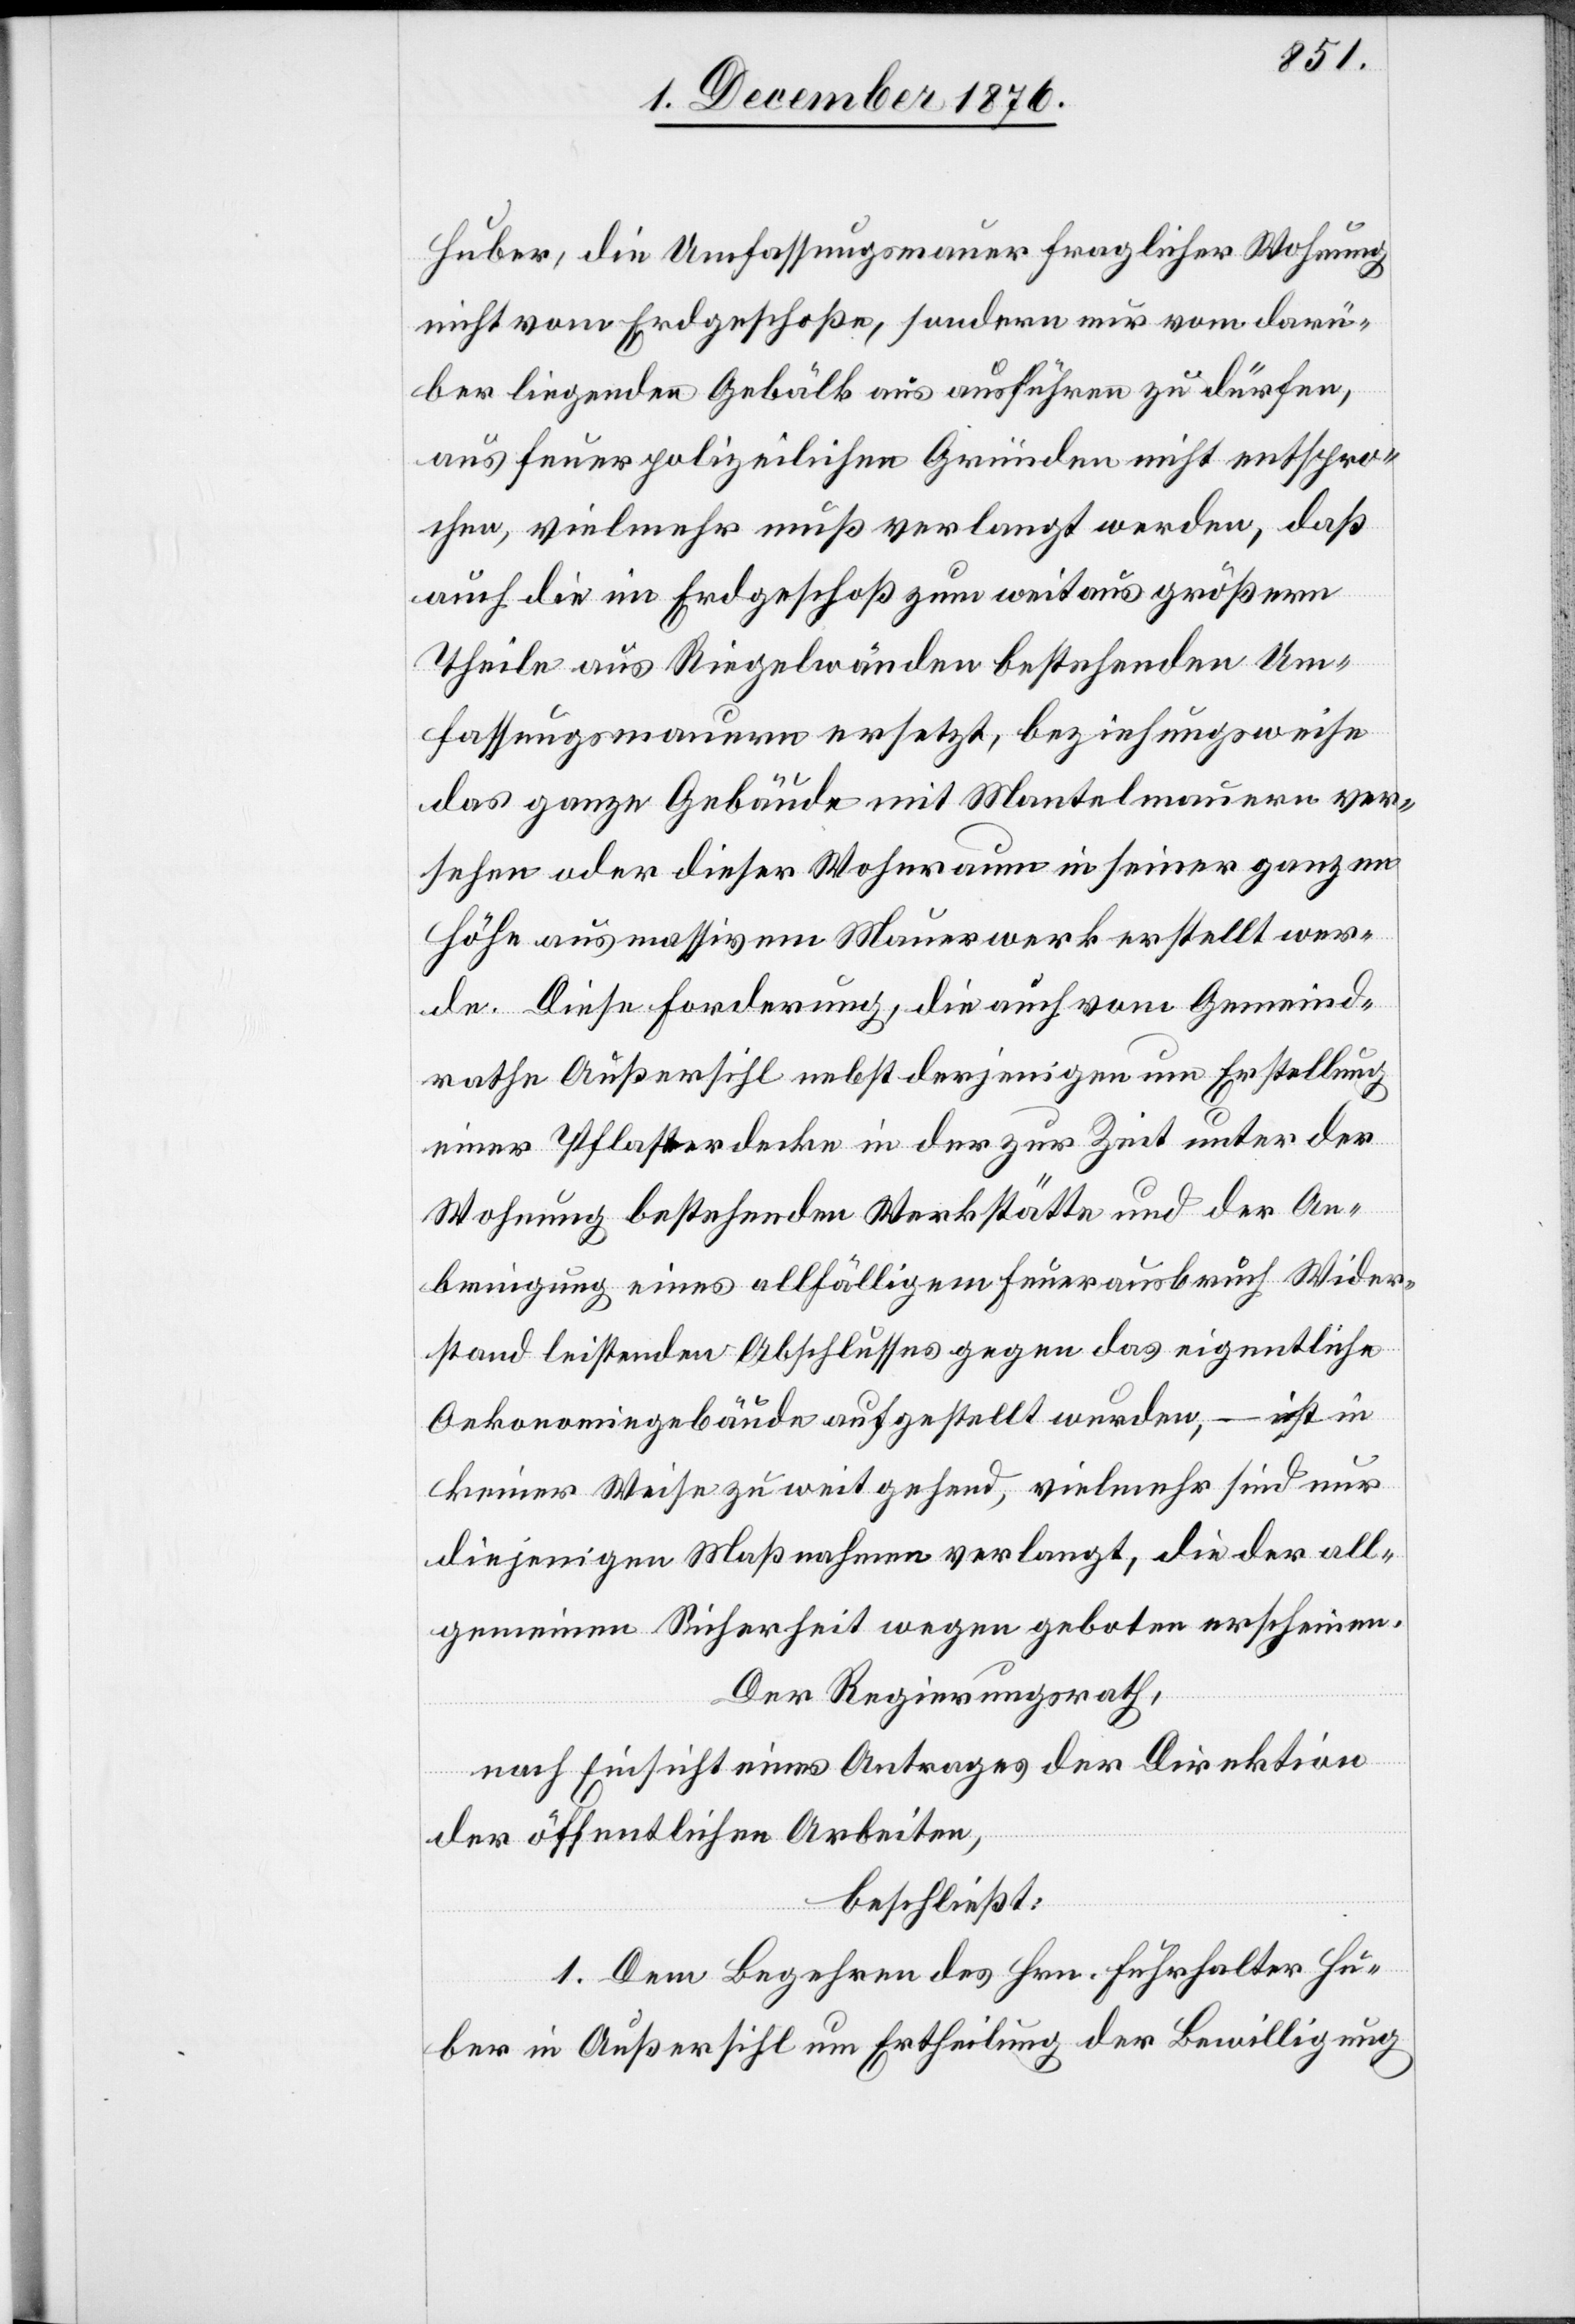
Huber, die Umfassungsmauer fraglicher Wohnung
nicht vom Erdgeschoße, sondern nur vom darü¬
ber liegenden Gebälk aus ausführen zu dürfen,
aus feuerpolizeilichen Gründen nicht entspro¬
chen, vielmehr muß verlangt werden, daß
auch die im Erdgeschoß zum weitaus größern
Theile aus Riegelwänden bestehenden Um¬
fassungsmauern ersetzt, beziehungsweise
das ganze Gebäude mit Mantelmauern ver¬
sehen oder dieser Wohnraum in seiner ganzen
Höhe aus massivem Mauerwerk erstellt wer¬
de. Diese Forderung, die auch vom Gemeind¬
rathe Außersihl nebst derjenigen um Erstellung
einer Pflasterdecke in der zur Zeit unter der
Wohnung bestehenden Werkstätte und der An¬
bringung eines allfälligen Feuerausbruch Wider¬
stand leistenden Abschlusses gegen das eigentliche
Oekonomiegebäude aufgestellt wurden, – ist in
keiner Weise zu weit gehend, vielmehr sind nur
diejenigen Maßnahmen verlangt, die der all¬
gemeinen Sicherheit wegen geboten erscheinen.
Der Regierungsrath,
nach Einsicht eines Antrages der Direktion
der öffentlichen Arbeiten,
beschließt:
1. Dem Begehren des Hrn. Fuhrhalter Hu¬
ber in Außersihl um Ertheilung der Bewilligung